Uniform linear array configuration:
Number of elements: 8
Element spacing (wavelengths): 0.25
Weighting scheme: hamming
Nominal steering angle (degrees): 30
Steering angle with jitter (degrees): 29.503
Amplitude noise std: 0.05
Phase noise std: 0.05

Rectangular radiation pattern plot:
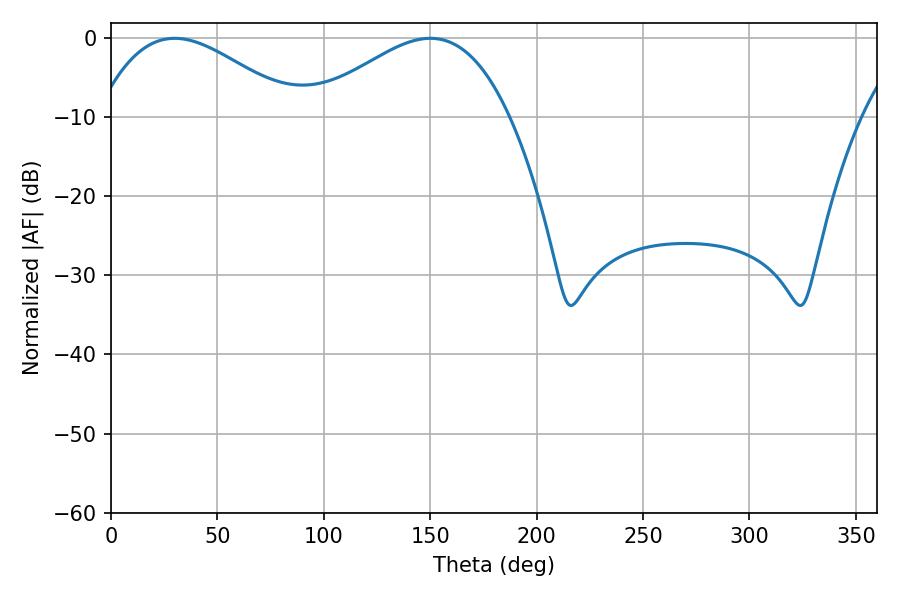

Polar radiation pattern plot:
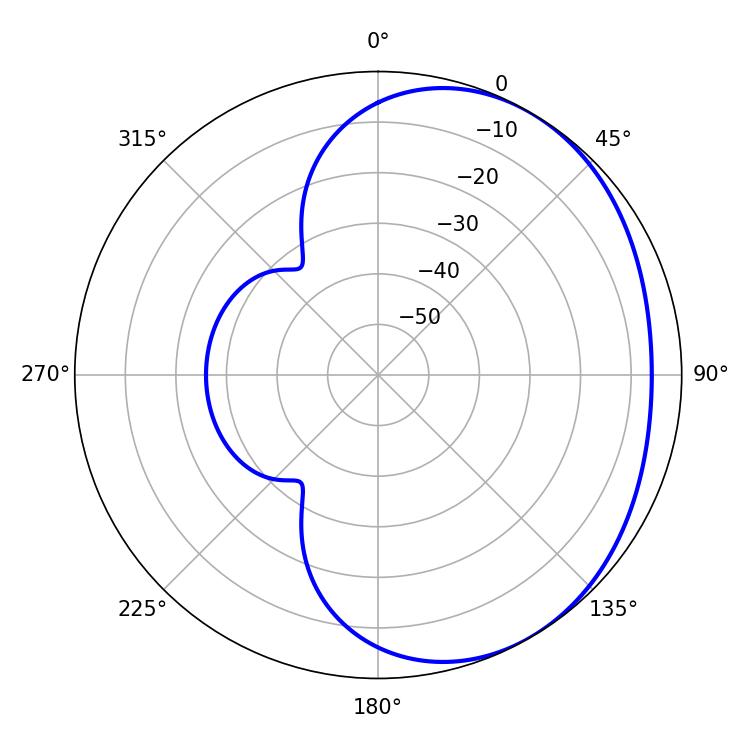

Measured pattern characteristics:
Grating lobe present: FALSE
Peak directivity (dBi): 2.64
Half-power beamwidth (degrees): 50.58
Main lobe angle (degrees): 29.88